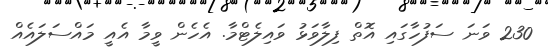
230 ވަނަ ސަފުހާގައި އޮތް ފިލާވަޅު ވައިލެޓްމާ. އެހެން ވީމާ އެއީ މައްސަލައެއް